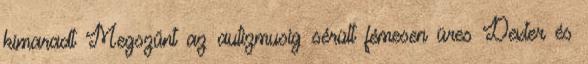
kimaradt Megszűnt az autizmusig sérült fémesen üres Dexter és